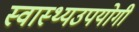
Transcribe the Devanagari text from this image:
स्वास्थ्यउपयोगी